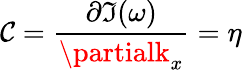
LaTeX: \mathcal{C}=\frac{{\partial\Im(\omega)}}{{\partialk_{x}}}=\eta